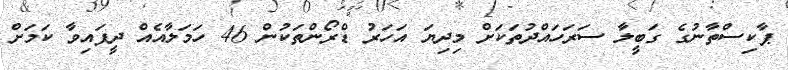
ޕާކިސްތާނުގެ ގަބީލާ ސަރަހައްދުތަކަށް މިދިޔަ އަހަރު ޑްރޯންތަކުން 46 ހަމަލާއެއް ދީފައިވާ ކަމަށް